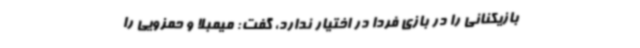
بازیکنانی را در بازی فردا در اختیار ندارد، گفت: میمبلا و حمزویی را